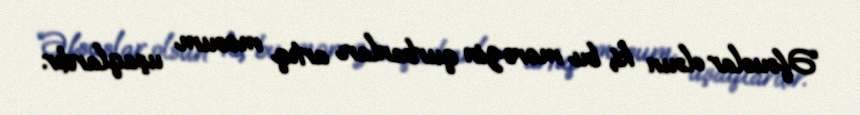
“Əfsuslar olsun ki, bu mərəzin qurbanları artıq məsum uşaqlardır.